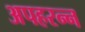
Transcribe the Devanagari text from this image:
अपहरन्न